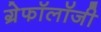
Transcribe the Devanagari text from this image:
ग्रेफॉलॉजी